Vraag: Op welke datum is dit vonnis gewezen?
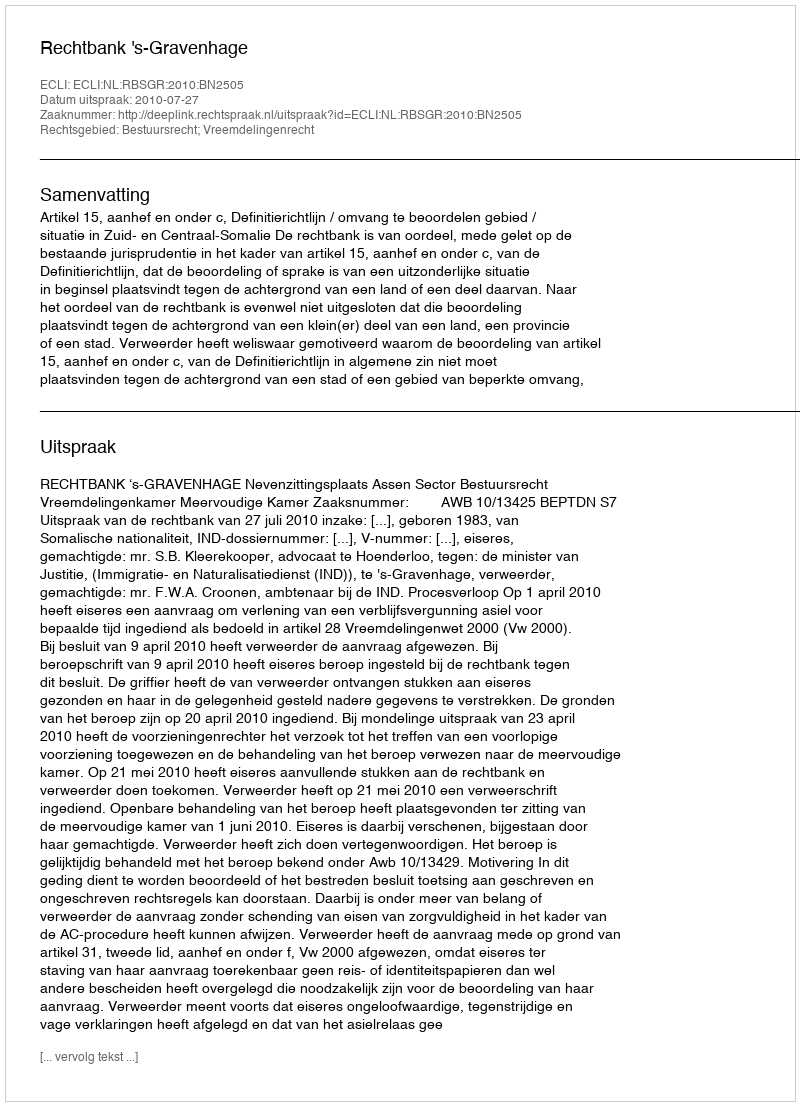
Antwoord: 2010-07-27